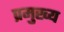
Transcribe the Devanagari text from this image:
प्रमुख्‍य